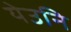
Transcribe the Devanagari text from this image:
येउनि